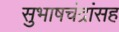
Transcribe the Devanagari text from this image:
सुभाषचंद्रांसह